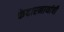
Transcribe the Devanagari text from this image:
केदारनाथांची